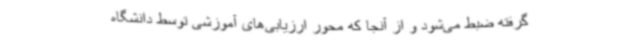
گرفته ضبط می‌شود و از آنجا که محور ارزیابی‌های آموزشی توسط دانشگاه